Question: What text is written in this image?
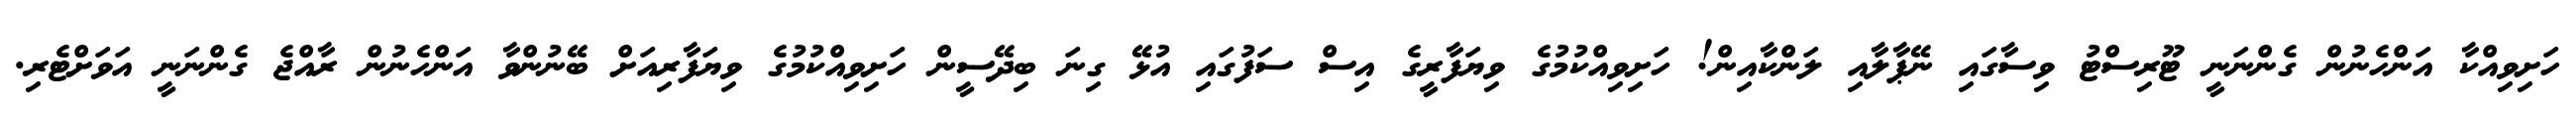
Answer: ހަށިވިއްކާ އަންހެނުން ގެންނަނީ ޓޫރިސްޓު ވިސާގައި ނޭޕާލާއި ލަންކާއިން! ހަށިވިއްކުމުގެ ވިޔަފާރީގެ އިސް ސަފުގައި އުޅޭ ގިނަ ބިދޭސީން ހަށިވިއްކުމުގެ ވިޔަފާރިއަށް ބޭނުންވާ އަންހެނުން ރާއްޖެ ގެންނަނީ އަވަށްޓެރި.